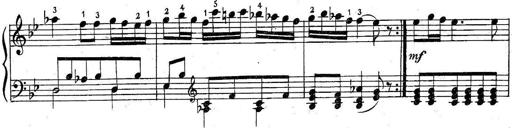
Title: 6 Easy Sonatinas
Composer: Carl Czerny